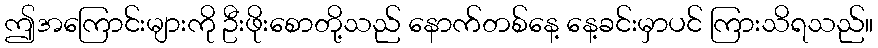
ဤအကြောင်းများကို ဦးဖိုးစောတို့သည် နောက်တစ်နေ့ နေ့ခင်းမှာပင် ကြားသိရသည်။